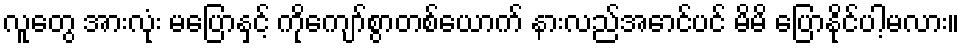
လူတွေ အားလုံး မပြောနှင့် ကိုကျော်စွာတစ်ယောက် နားလည်အောင်ပင် မိမိ ပြောနိုင်ပါ့မလား။